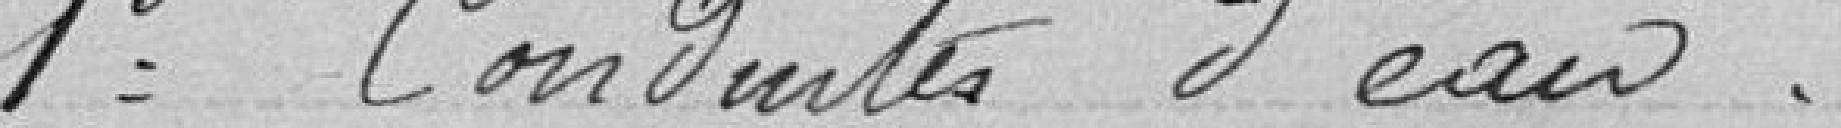
1 Conduites d'eau